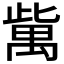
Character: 歶